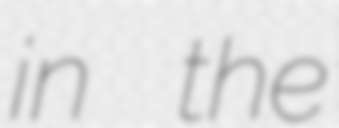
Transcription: in the